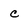
Character: c